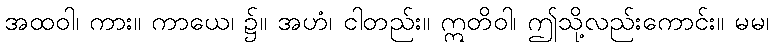
အထဝါ၊ ကား။ ကာယေ၊ ၌။ အဟံ၊ ငါတည်း။ ဣတိဝါ၊ ဤသို့လည်းကောင်း။ မမ၊